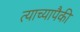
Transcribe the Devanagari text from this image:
त्याच्यापैकी